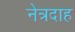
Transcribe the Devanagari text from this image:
नेत्रदाह